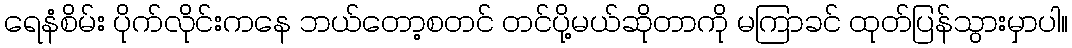
ရေနံစိမ်း ပိုက်လိုင်းကနေ ဘယ်တော့စတင် တင်ပို့မယ်ဆိုတာကို မကြာခင် ထုတ်ပြန်သွားမှာပါ။